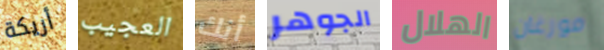
أريكة العجيب أنك الجوهر الهلال مورغان